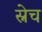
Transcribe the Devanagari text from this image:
स्नेच